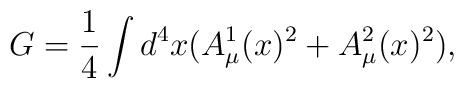
G = \frac  {1}{4} \int d^4x ( A_{\mu}^{1}(x)^2 + A_{\mu}^{2}(x)^2),